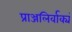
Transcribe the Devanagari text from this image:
प्राञ्जलिर्वाक्यं